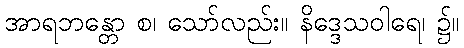
အာရဘန္တော စ၊ သော်လည်း။ နိဒ္ဒေသဝါရေ၊ ၌။